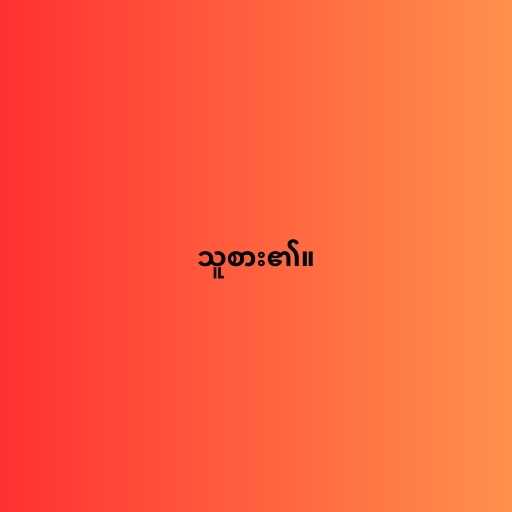
သူစား၏။